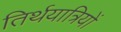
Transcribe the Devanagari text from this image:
तिर्थयात्रियों